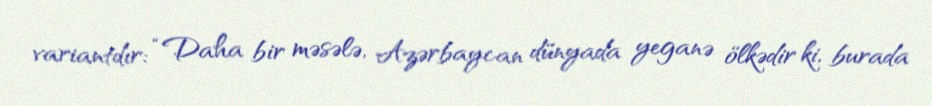
variantdır: “Daha bir məsələ, Azərbaycan dünyada yeganə ölkədir ki, burada